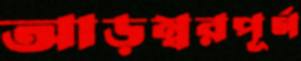
আড়ম্বরপূর্ণ